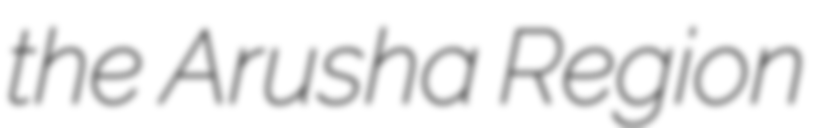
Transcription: the Arusha Region